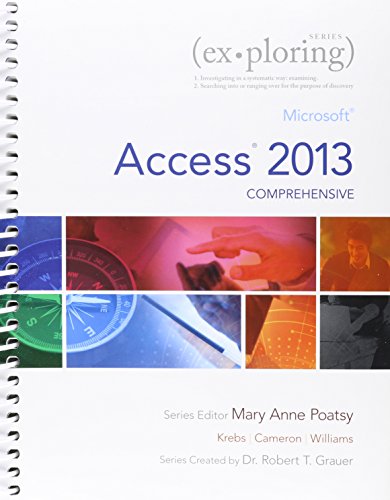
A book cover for Exploring: Microsoft Access 2013, Comprehensive & MyITLab with Pearson eText -- Access Card Package; MaryAnne Poatsy; Computers & Technology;